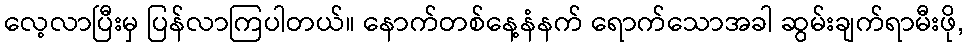
လေ့လာပြီးမှ ပြန်လာကြပါတယ်။ နောက်တစ်နေ့နံနက် ရောက်သောအခါ ဆွမ်းချက်ရာမီးဖို,